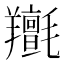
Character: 𦏫